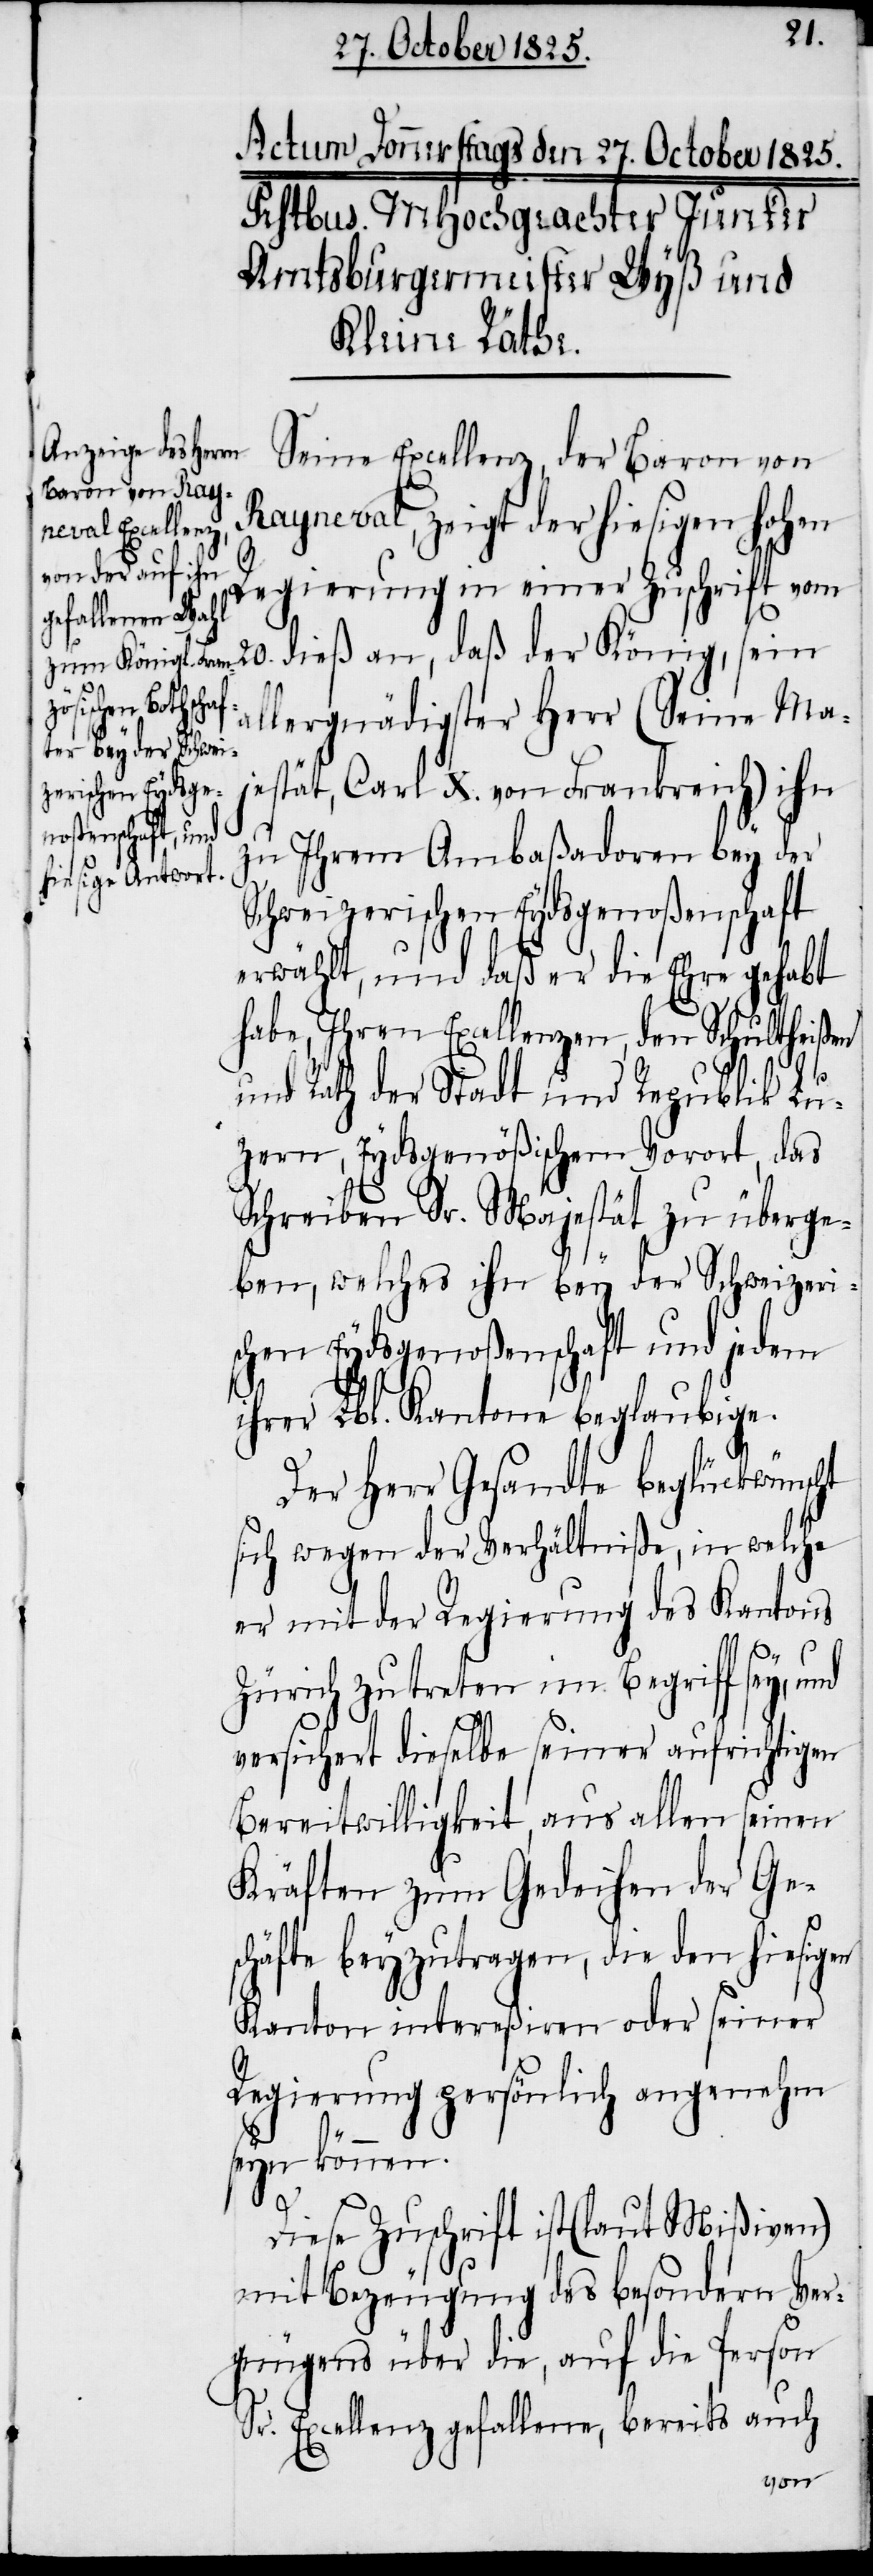
20.
Seine Excellenz, der Baron von
Rayneval, zeigt der hiesigen hohen
Regierung in einer Zuschrift vom
ich) ihn
allergnädigster Herr (Seine Ma¬
zu Ihrem Ambaßadoren bey der
Schweizerischen Eydsgenoßenschaft
erwählt, und daß er die Ehre gehabt
habe, Ihren Excellenzen, den Schultheißen
und Rath der Stadt und Republik Lu¬
zern, Eydsgenößischem Vorort, das
Schreiben Sr. Majestät zu überge¬
ben, welches ihn bey der Schweizeri¬
schen Eydsgenoßenschaft und jedem
ihrer Lbl. Kantone beglaubige.
Der Herr Gesandte beglückwünscht
sich wegen der Verhältniße, in welche
er mit der Regierung des Kantons
Zürich zutreten im Begriff sey, und
versichert dieselbe seiner aufrichtigen
Bereitwilligkeit, aus allen seinen
Kräften zum Gedeihen der Ges¬
chäfte beyzutragen, die den hiesigen
Kanton intereßiren oder seiner
Regierung persönlich angenehm
seyn können.
Diese Zuschrift ist (laut Mißiven)
mit Bezeugung des besondern Ver¬
gnügens über die, auf die Person
Sr. Excellenz gefallene, bereits auch